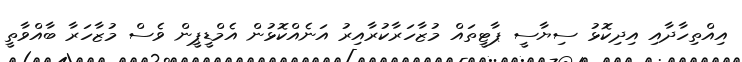
އިއްތިހާދާއި އިދިކޮޅު ސިޔާސީ ޕާޓީތައް މުޒާހަރާކުރާއިރު އަނެއްކޮޅުން އެމްޑީޕީން ވެސް މުޒާހަރާ ބާއްވާތީ